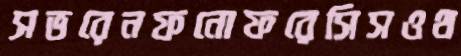
সভরেনফনোফরেসিসওথ